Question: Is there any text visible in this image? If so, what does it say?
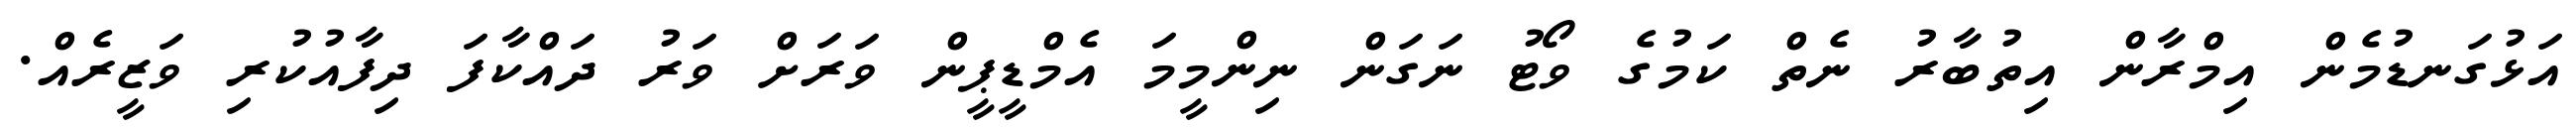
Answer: އަޅުގަނޑުމެން އިމްރާން އިތުބާރު ނެތް ކަމުގެ ވޯޓު ނަގަން ނިންމީމަ އެމްޑީޕީން ވަރަށް ވަރު ދައްކާފަ ދިފާއުކުރި ވަޒީރެއް.